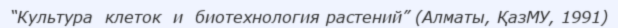
“Культура  клеток  и  биотехнология растений” (Алматы, ҚазМУ, 1991)